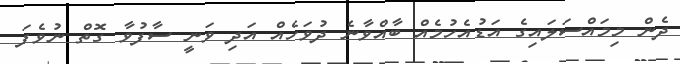
ދެން މިމައްސަލައިގެ އަޑުއެހުމެއް ބާއްވާނެ ދުވަހެއް އަދި ވަނީ ސާފުވާ ގޮތް ނުވެފަ